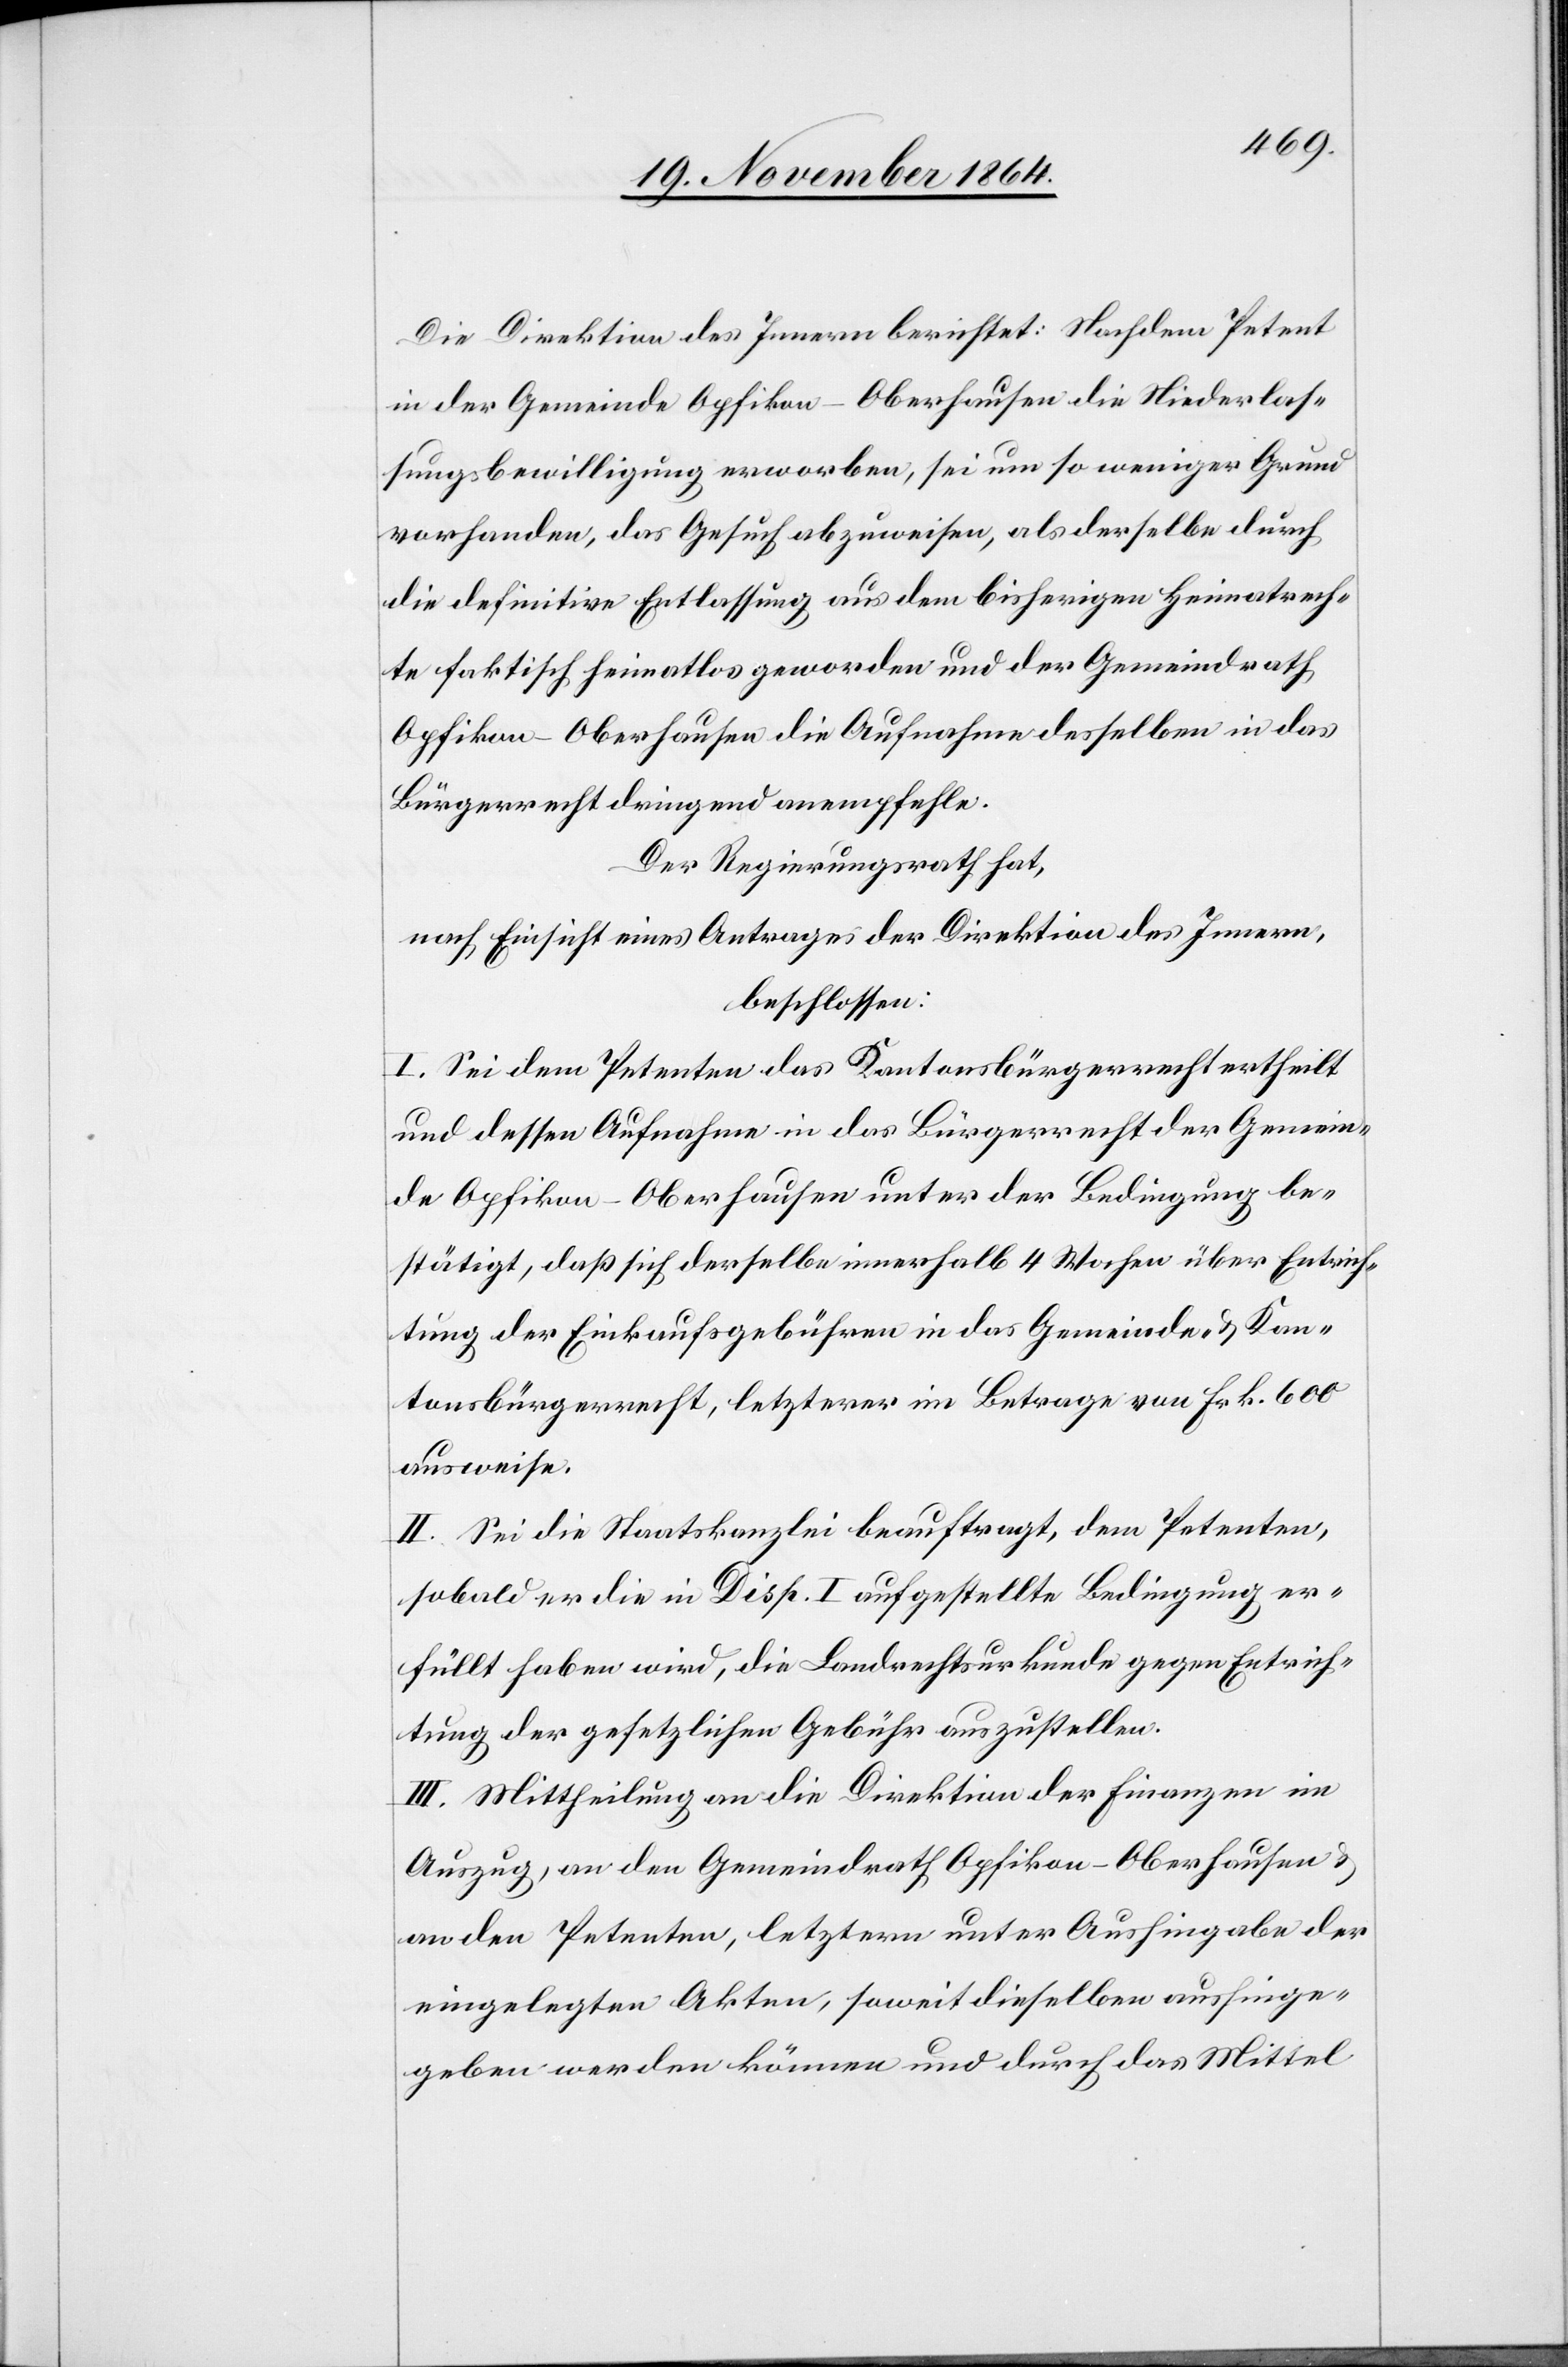
Die Direktion des Innern berichtet: Nachdem Petent
in der Gemeinde Opfikon-Oberhausen die Niederlas¬
sungsbewilligung erworben, sei um so weniger Grund
vorhanden, das Gesuch abzuweisen, als derselbe durch
die definitive Entlassung aus dem bisherigen Heimatrech¬
te faktisch heimatlos geworden und der Gemeindrath
Opfikon-Oberhausen die Aufnahme desselben in das
Bürgerrecht dringend empfehle.
Der Regierungsrath hat,
nach Einsicht eines Antrages der Direktion des Innern,
beschlossen:
I. Sei dem Petenten das Kantonsbürgerrecht ertheilt
und dessen Aufnahme in das Bürgerrecht der Gemein¬
de Opfikon-Oberhausen unter der Bedingung be¬
stätigt, daß sich derselbe innerhalb 4 Wochen über Entrich¬
tung der Einkaufsgebühren in das Gemeinde- & Kan¬
tonsbürgerrecht, letzterer im Betrage von Frk. 600
ausweise.
II. Sei die Staatskanzlei beauftragt, dem Petenten,
sobald er die in Disp. I aufgestellte Bedingung er¬
füllt haben wird, die Landrechtsurkunde gegen Entrich¬
tung der gesetzlichen Gebühr auszustellen.
III. Mittheilung an die Direktion der Finanzen im
Auszug, an den Gemeindrath Opfikon-Oberhausen &
an den Petenten, letztern unter Aushingabe der
eingelegten Akten, soweit diese aushinge¬
geben werden können und durch das Mittel